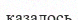
казалось